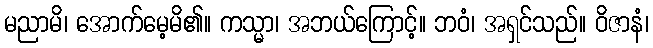
မညာမိ၊ အောက်မေ့မိ၏။ ကသ္မာ၊ အဘယ်ကြောင့်။ ဘဝံ၊ အရှင်သည်။ ဝိဇာနံ၊